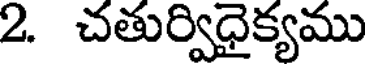
2. చతుర్విధైక్యము